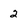
Character: 2